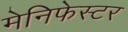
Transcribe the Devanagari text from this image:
मेनिफेस्टर